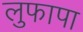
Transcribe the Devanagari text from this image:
लुफापा